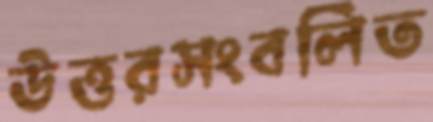
উত্তরসংবলিত